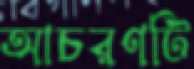
আচরণটি